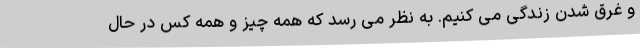
و غرق شدن زندگی می کنیم. به نظر می رسد که همه چیز و همه کس در حال